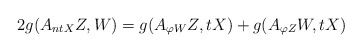
\begin{align*}2g(A_{ntX}Z, W)= g(A_{\varphi W}Z,tX)+g(A_{\varphi Z}W, tX) \end{align*}